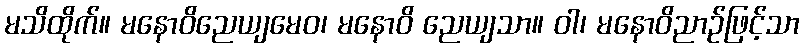
မသိထိုက်။ မနောဝိညေယျမေဝ၊ မနောဝိ ညေယျသာ။ ဝါ၊ မနောဝိညာဉ်ဖြင့်သာ